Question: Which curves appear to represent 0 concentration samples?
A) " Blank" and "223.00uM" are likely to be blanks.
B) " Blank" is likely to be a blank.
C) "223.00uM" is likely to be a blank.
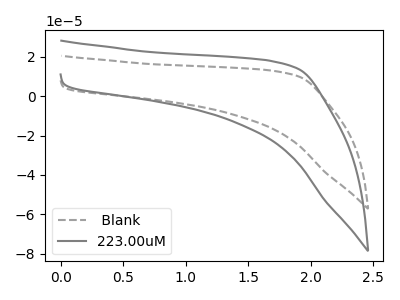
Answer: <think>The gray dashed curve " Blank" has no peaks. The gray curve "223.00uM" has no peaks.</think>
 <answer>A) " Blank" and "223.00uM" are likely to be blanks.</answer>
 <eval>A</eval>